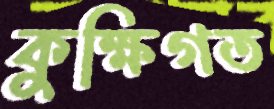
কুক্ষিগত